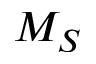
M _ { S }